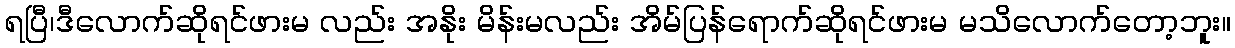
ရပြီ၊ဒီလောက်ဆိုရင်ဖားမ လည်း အနိုး မိန်းမလည်း အိမ်ပြန်ရောက်ဆိုရင်ဖားမ မသိလောက်တော့ဘူး။